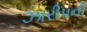
ઝારીપની